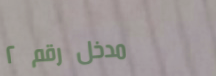
مدخل رقم ٢